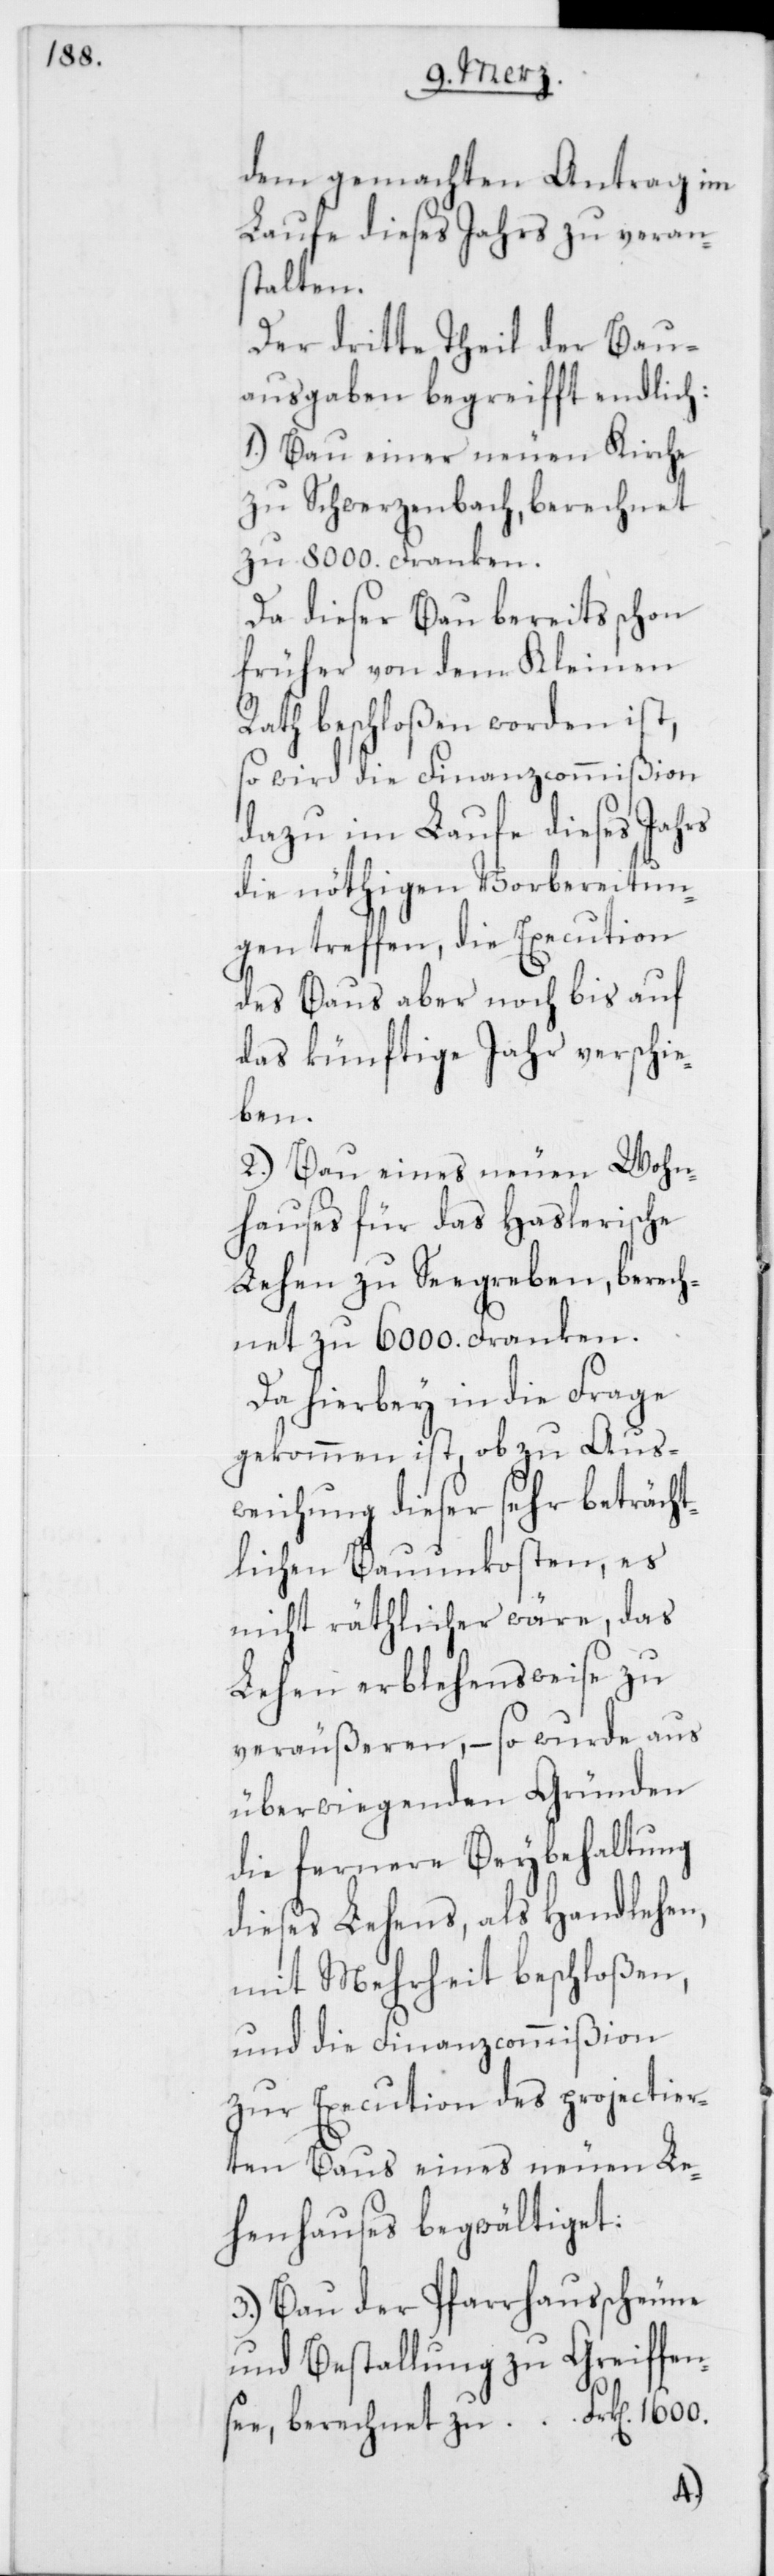
dem gemachten Antrag im
Laufe dieses Jahres zu veran¬
stalten.
Der dritte Theil der Bau¬
ausgaben begreifft endlich:
1.) Bau einer neuen Kirche
zu Schwerzenbach, berechnet
zu 8000. Franken.
Da dieser Bau bereits schon
früher von dem Kleinen
Rath beschloßen worden ist,
so wird die Finanzcommißion
dazu im Laufe dieses Jahrs
die nöthigen Vorbereitun¬
gen treffen, die Execution
des Baus aber noch bis auf
das künftige Jahr verschie¬
ben.
2.) Bau eines neuen Wohn¬
hauses für das Haslerische
Lehen zu Seegreben, berech¬
net zu 6000. Franken.
Da hierbey in die Frage
gekommen ist, ob zu Aus¬
weichung dieser sehr beträcht¬
lichen Bauunkosten, es
nicht räthlicher wäre, das
Lehen erblehensweise zu
veräußeren, – so wurde aus
überwiegenden Gründen
die fernere Beybehaltung
dieses Lehens, als Handlehen,
mit Mehrheit beschloßen,
und die Finanzcommißion
zur Execution des projectier¬
ten Baus eines neuen Le¬
henhauses begwältiget:
3.) Bau der Pfarrhausscheune
und Bestallung zu Greiffen¬
berechnet zu Frk[en]. 1600.
see,